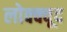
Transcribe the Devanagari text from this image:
लोक्क्वूद